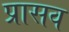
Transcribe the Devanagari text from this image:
प्रासव